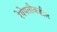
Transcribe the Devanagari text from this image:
रेषेपलीकडील